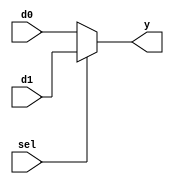
module b2_mux_2_1_sel
(
    input  [1:0] d0,
    input  [1:0] d1,
    input        sel,
    output [1:0] y
);

    assign y = sel ? d1 : d0;

endmodule

module b2_mux_4_1_sel
(
    input  [1:0] d0, d1, d2, d3,
    input  [1:0] sel,
    output [1:0] y
);

    assign y = sel [1]
        ? (sel [0] ? d3 : d2)
        : (sel [0] ? d1 : d0);

endmodule

//----------------------------------------------------------------------------

module b2_mux_4_1_case
(
    input      [1:0] d0, d1, d2, d3,
    input      [1:0] sel,
    output reg [1:0] y
);

    always @(*)
        case (sel)
        2'b00: y = d0;
        2'b01: y = d1;
        2'b10: y = d2;
        2'b11: y = d3;
        endcase

endmodule

module b2_mux_4_1_block
(
    input  [1:0] d0, d1, d2, d3,
    input  [1:0] sel,
    output [1:0] y
);

    wire [1:0] w01, w23;

	b2_mux_2_1_sel mux0(.d0(d0), .d1(d1), .sel(sel[0]), .y(w01));
	b2_mux_2_1_sel mux1(.d0(d2),.d1(d3), .sel(sel[0]), .y(w23));
	b2_mux_2_1_sel mux2(.d0(w01), .d1(w23), .sel(sel[1]), .y(y));

endmodule


module b1_mux_4_1_case
(
    input      d0, d1, d2, d3,
    input      [1:0] sel,
    output reg y
);

    always @(*)
        case (sel)
        2'b00: y = d0;
        2'b01: y = d1;
        2'b10: y = d2;
        2'b11: y = d3;
        endcase

endmodule

module b2_mux_4_1_block_alt
(
    input  [1:0] d0, d1, d2, d3,
    input  [1:0] sel,
    output [1:0] y
);

    b1_mux_4_1_case hi(.d0(d0[1]), .d1(d1[1]), .d2(d2[1]), .d3(d3[1]), .sel(sel), .y(y[1]));
	b1_mux_4_1_case lo(.d0(d0[0]), .d1(d1[0]), .d2(d2[0]), .d3(d3[0]), .sel(sel), .y(y[0]));

endmodule

module lab4
(
    input   [ 1:0]  KEY,
    input   [ 9:0]  SW,
    output  [ 9:0]  LEDR
);

	b2_mux_4_1_case b2_mux_4_1_case(.d0(SW[1:0]),.d1(SW[3:2]),.d2(SW[5:4]),.d3(SW[7:6]),.sel(KEY[1:0]),.y(LEDR[1:0]));
	b2_mux_4_1_sel b2_mux_4_1_sel(.d0(SW[1:0]),.d1(SW[3:2]),.d2(SW[5:4]),.d3(SW[7:6]),.sel(KEY[1:0]),.y(LEDR[3:2]));
	b2_mux_4_1_block b2_mux_4_1_block(.d0(SW[1:0]),.d1(SW[3:2]),.d2(SW[5:4]),.d3(SW[7:6]),.sel(KEY[1:0]),.y(LEDR[5:4]));
	b2_mux_4_1_block_alt b2_mux_4_1_block_alt(.d0(SW[1:0]),.d1(SW[3:2]),.d2(SW[5:4]),.d3(SW[7:6]),.sel(KEY[1:0]),.y(LEDR[7:6]));
	
endmodule